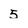
Character: 5